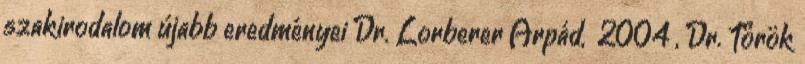
szakirodalom újabb eredményei Dr. Lorberer Árpád, 2004 , Dr. Török